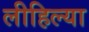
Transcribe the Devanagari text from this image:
लीहिल्या